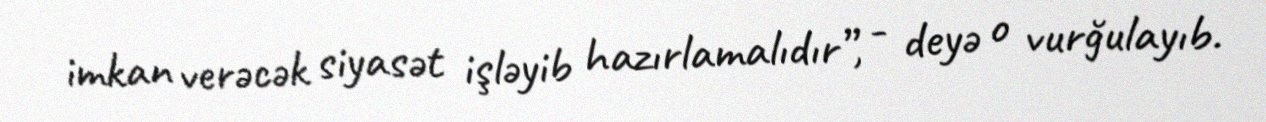
imkan verəcək siyasət işləyib hazırlamalıdır”, - deyə o vurğulayıb.